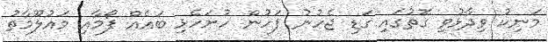
މަނިކު ވިދާޅުވި ގޮތުގައި ގަޑި ޖެހުނު ފަހުން ހުށަހެޅި ބައެއް ފޯމާއި މައުލޫމާތު